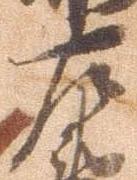
左